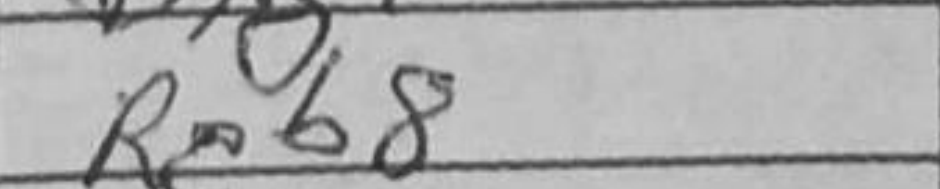
Transcription: Rcb8